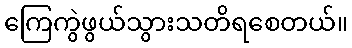
ကြေကွဲဖွယ်သွားသတိရစေတယ်။